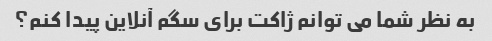
به نظر شما می توانم ژاکت برای سگم آنلاین پیدا کنم؟